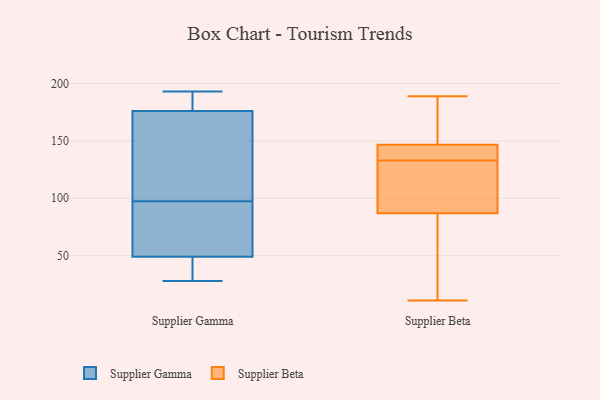
{"axis": {"x": "Demand Index", "y": "Value"}, "legend": ["Supplier Beta", "Supplier Gamma"], "data": [{"x": "", "y": 193, "type": "Supplier Gamma"}, {"x": "", "y": 99, "type": "Supplier Gamma"}, {"x": "", "y": 49, "type": "Supplier Gamma"}, {"x": "", "y": 76, "type": "Supplier Gamma"}, {"x": "", "y": 96, "type": "Supplier Gamma"}, {"x": "", "y": 85, "type": "Supplier Gamma"}, {"x": "", "y": 94, "type": "Supplier Gamma"}, {"x": "", "y": 28, "type": "Supplier Gamma"}, {"x": "", "y": 41, "type": "Supplier Gamma"}, {"x": "", "y": 192, "type": "Supplier Gamma"}, {"x": "", "y": 28, "type": "Supplier Gamma"}, {"x": "", "y": 144, "type": "Supplier Gamma"}, {"x": "", "y": 176, "type": "Supplier Gamma"}, {"x": "", "y": 193, "type": "Supplier Gamma"}, {"x": "", "y": 136, "type": "Supplier Gamma"}, {"x": "", "y": 189, "type": "Supplier Gamma"}, {"x": "", "y": 45, "type": "Supplier Gamma"}, {"x": "", "y": 176, "type": "Supplier Gamma"}, {"x": "", "y": 138, "type": "Supplier Beta"}, {"x": "", "y": 76, "type": "Supplier Beta"}, {"x": "", "y": 20, "type": "Supplier Beta"}, {"x": "", "y": 120, "type": "Supplier Beta"}, {"x": "", "y": 143, "type": "Supplier Beta"}, {"x": "", "y": 124, "type": "Supplier Beta"}, {"x": "", "y": 189, "type": "Supplier Beta"}, {"x": "", "y": 159, "type": "Supplier Beta"}, {"x": "", "y": 11, "type": "Supplier Beta"}, {"x": "", "y": 133, "type": "Supplier Beta"}, {"x": "", "y": 148, "type": "Supplier Beta"}]}